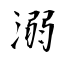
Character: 溺